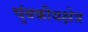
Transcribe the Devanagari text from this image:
चुंबकीयक्षेत्र